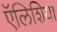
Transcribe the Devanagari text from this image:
ऍलिशिया